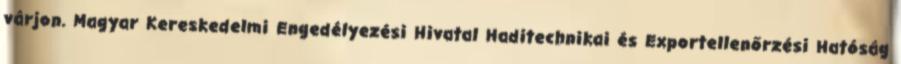
várjon. Magyar Kereskedelmi Engedélyezési Hivatal Haditechnikai és Exportellenőrzési Hatóság